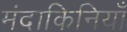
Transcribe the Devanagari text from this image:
मंदाकिनियाँ